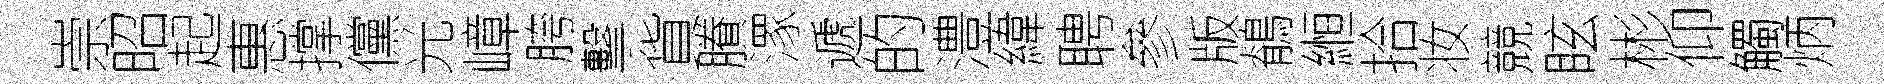
崇昭起惠撑儻光嶂胯擊貨賸潈遞的澧緯聘參版鶺縆拾妆競眩彬仰觸炳